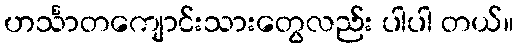
ဟင်္သာတကျောင်းသားတွေလည်း ပါပါ တယ်။